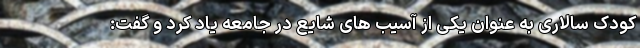
کودک سالاری به عنوان یکی از آسیب های شایع در جامعه یاد کرد و گفت: